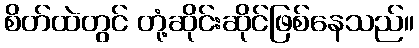
စိတ်ထဲတွင် တုံ့ဆိုင်းဆိုင်ဖြစ်နေသည်။